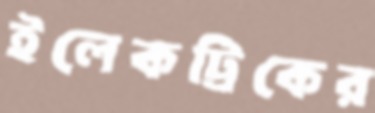
ইলেকট্রিকের